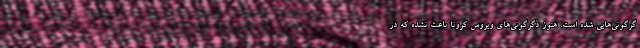
گرگونی‌هایی شده است. هنوز دگرگونی‌های ویروس کرونا باعث نشده که در